Papers set at the Examination for Leaving Certificates, 1889
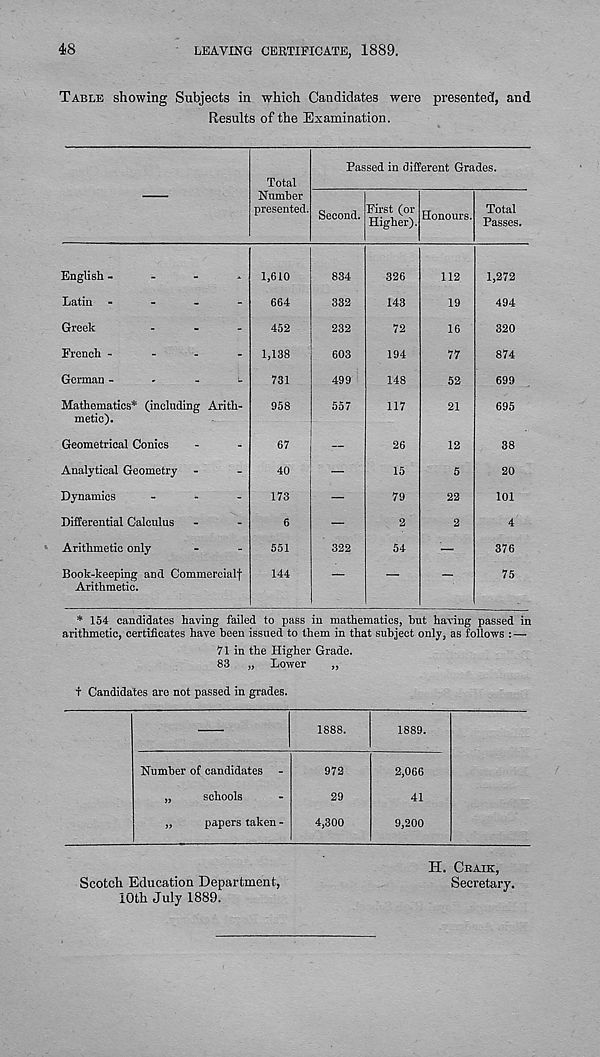
48
LEAVING CERTIFICATE, 1889.
Table showing Subjects in which Candidates were presented, and
Results of the Examination.
Total
Number
presented.
Passed in different Grades.
Second. First (or
Higher). Honours. Total
Passes.
English -
-
-
*
Latin -
-
-
-
Greek
...
French -
-
-
.
German
Mathematics* (including Arith-
metic).
Geometrical Conics
Analytical Geometry
Dynamics
-
-
-
Differential Calculus
Arithmetic only
Book-keeping and Commercial!
Arithmetic.
1,610
664
452
1,138
731
958
67
40
173
6
551
144
834
332
232
603
499
557
322
326
143
72
194
148
117
26
15
79
2
54
112
19
16
77
52
21
12
5
22
1,272
494
320
874
699
695
38
20
101
4
376
75
* 154 candidates having failed to pass in mathematics, hut having passed in
arithmetic, certificates have been issued to them in that subject only, as follows : —
71 in the Higher Grade.
83 „ Lower
„
+ Candidates are not passed in grades.
1888.
1889.
Number of candidates -
„
schools
„
papers taken -
972
29
4,300
2,066
41
9,200
Scotch Education Department,
10th July 1889.
H. Cbaik,
Secretary.